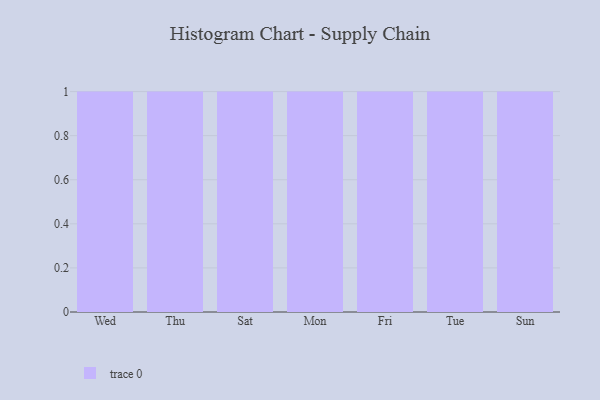
{"axis": {"x": "Day", "y": "Gross Profit (USD K)"}, "legend": [""], "data": [{"x": "Wed", "y": 28, "type": ""}, {"x": "Thu", "y": 70, "type": ""}, {"x": "Sat", "y": 72, "type": ""}, {"x": "Mon", "y": 65, "type": ""}, {"x": "Fri", "y": 75, "type": ""}, {"x": "Tue", "y": 43, "type": ""}, {"x": "Sun", "y": 37, "type": ""}]}